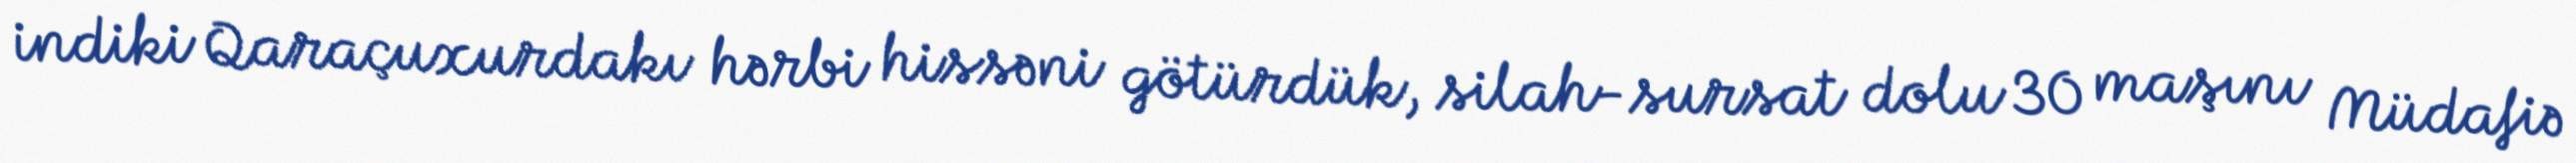
indiki Qaraçuxurdakı hərbi hissəni götürdük, silah-sursat dolu 30 maşını Müdafiə